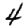
Digit: 4